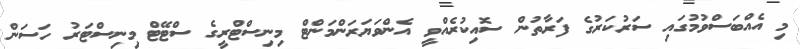
މި އެއްބަސްވުމުގައި ސަރުކަރުގެ ފަރާތުން ސޮއިކުރެއްވީ އެންވަޔަރަންމަންޓް މިނިސްޓްރީގެ ސްޓޭޓް މިނިސްޓަރު ހަސަން